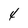
Character: 4